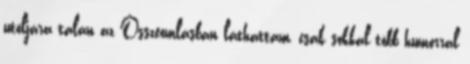
utoljára talán az Összeomlásban láthattam, csak sokkal több humorral